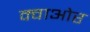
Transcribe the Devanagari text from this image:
क्वाओर